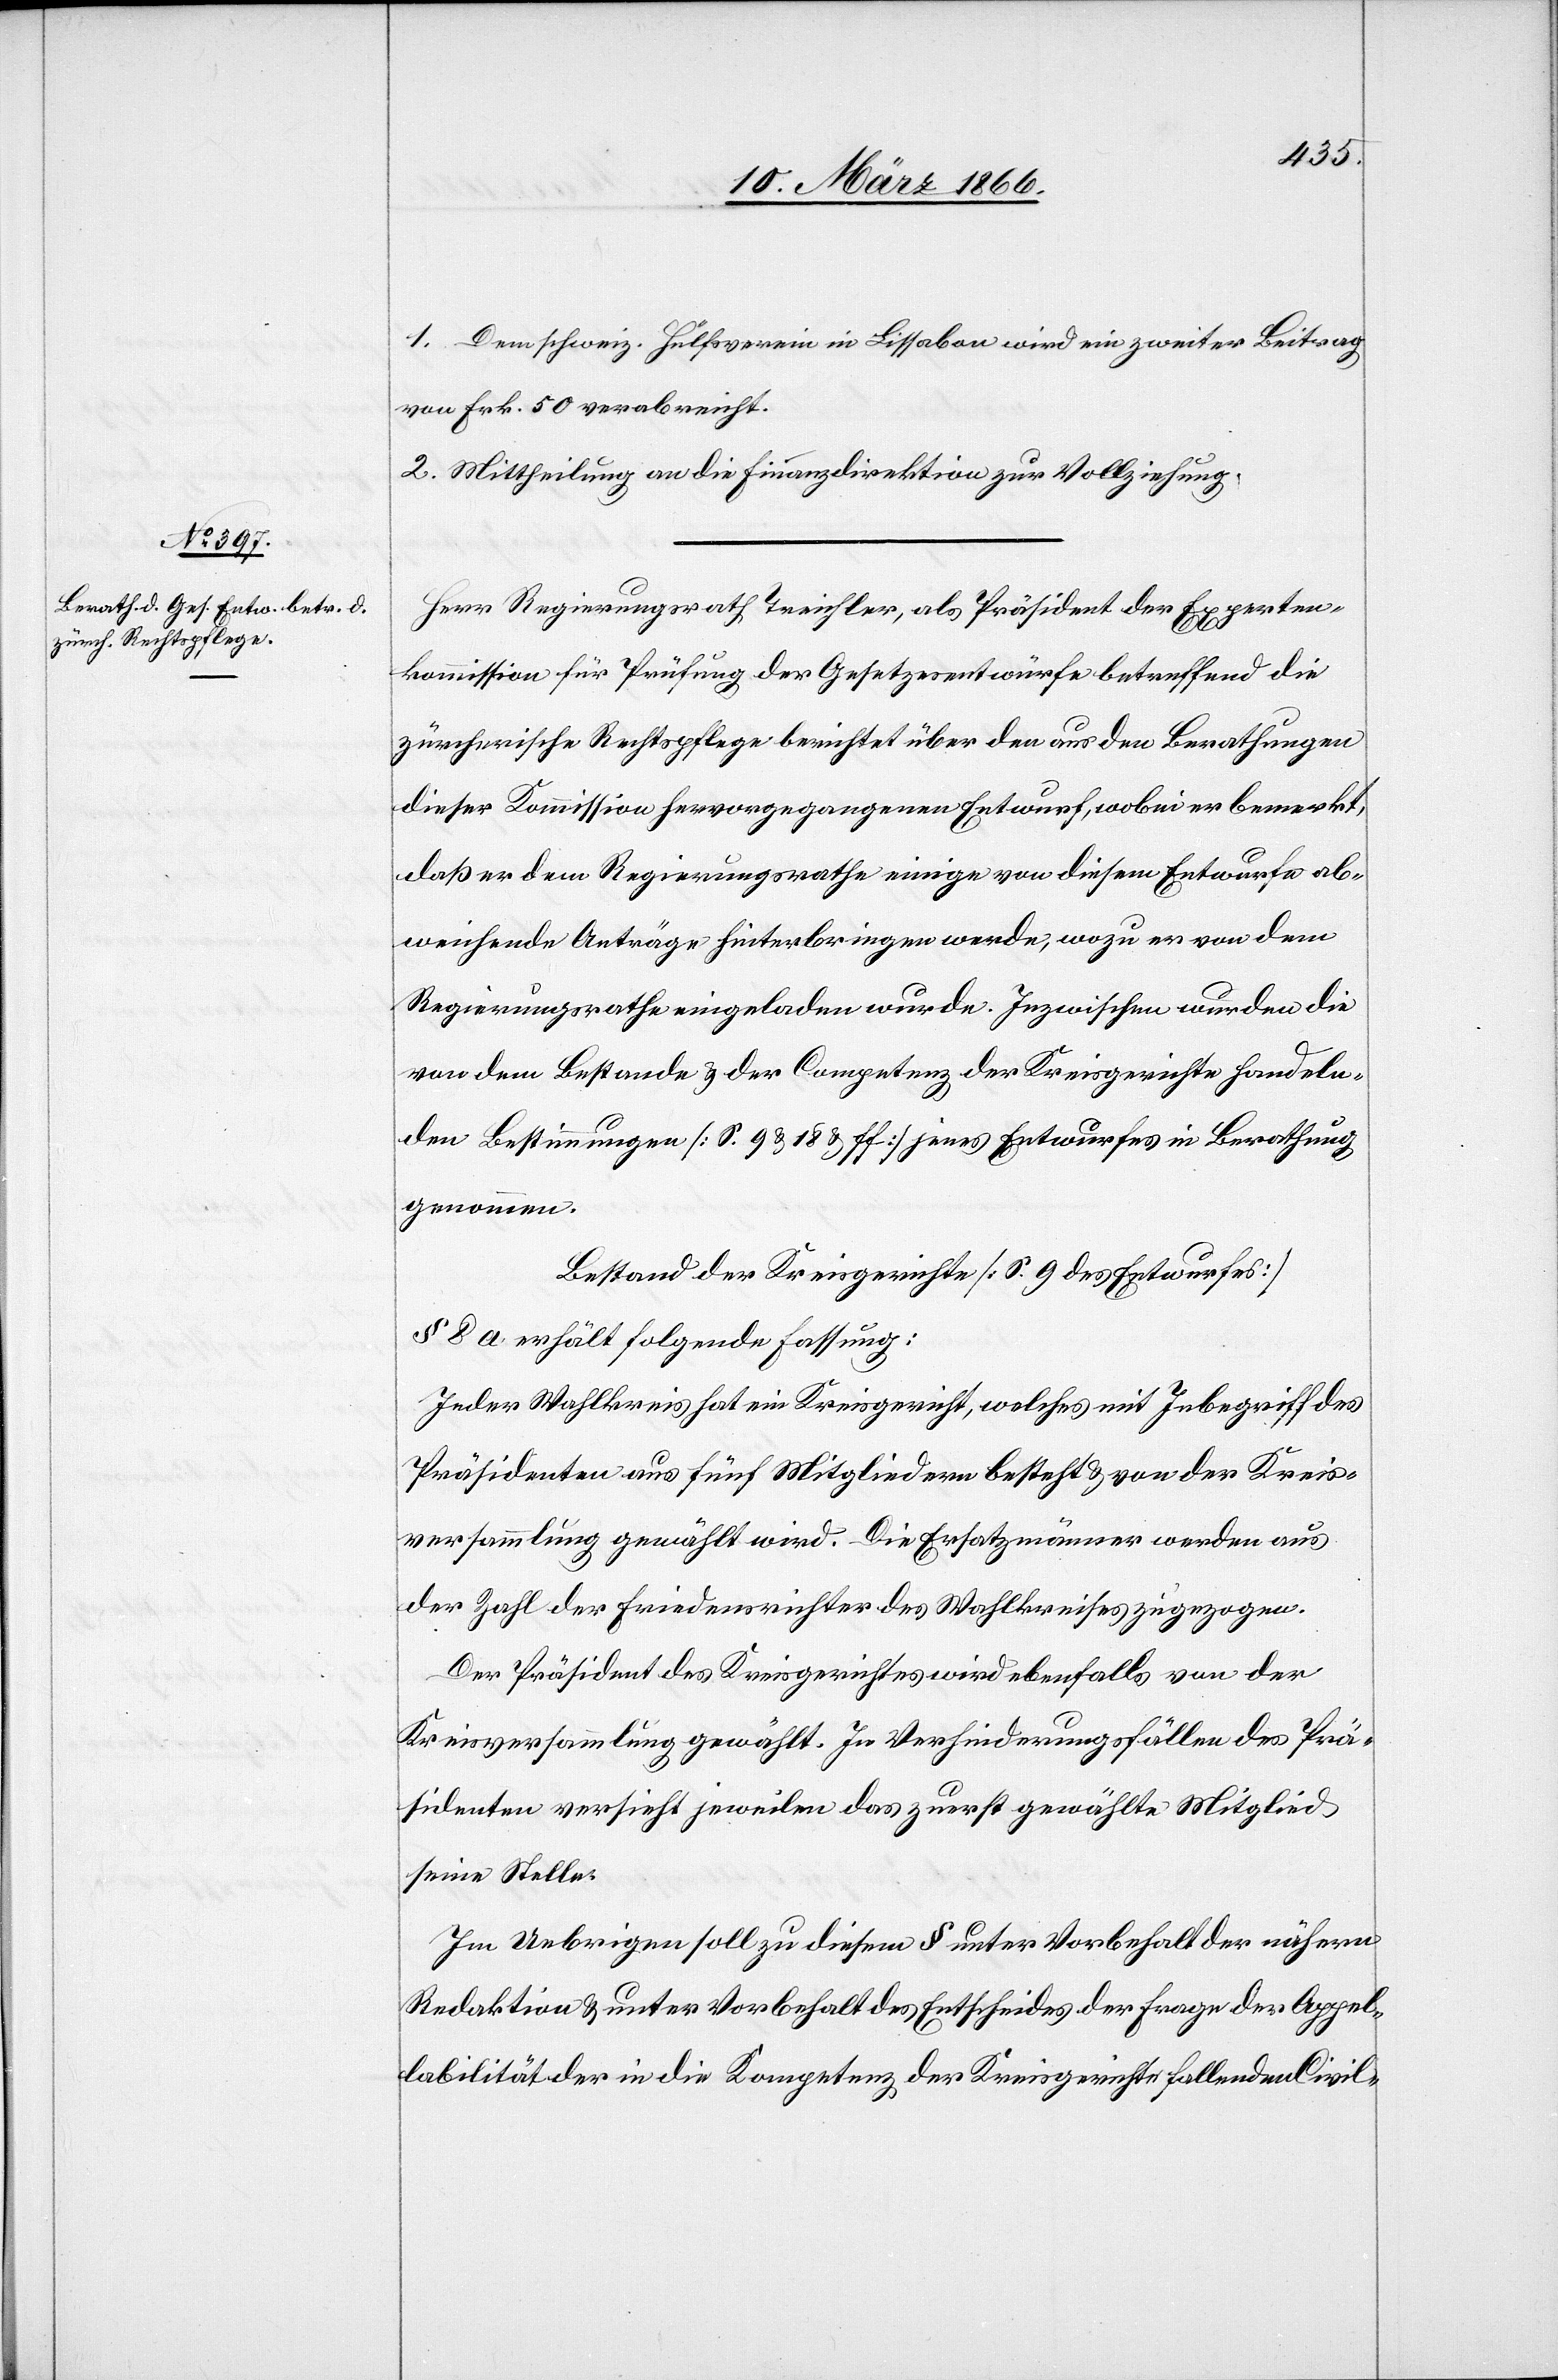
1. Dem schweiz. Hülfsverein in Lissabon wird ein zweiter Beitrag
von Frk. 50 verabreicht.
2. Mittheilung an die Finanzdirektion zur Vollziehung.
Herr Regierungsrath Treichler, als Präsident der Experten¬
kommission für Prüfung der Gesetzesentwürfe betreffend die
zürcherische Rechtspflege berichtet über den aus den Berathungen
dieser Kommission hervorgegangenen Entwurf, wobei er bemerkt,
daß er dem Regierungsrathe einige von diesem Entwurfe ab¬
weichende Anträge hinterbringen werde, wozu er von dem
Regierungsrathe eingeladen wurde. Inzwischen wurden die
von dem Bestande u. der Competenz der Kreisgerichte handeln¬
den Bestimmungen [S. 9 u 18 u ff.] jenes Entwurfes in Berathung
genommen.
Bestand der Kreisgerichte [S. 9 des Entwurfes]
§ 8 a erhält folgende Fassung:
Jeder Wahlkreis hat ein Kreisgericht, welches mit Inbegriff des
Präsidenten aus fünf Mitglieder besteht u. von der Kreis¬
versammlung gewählt wird. Die Ersatzmänner werden aus
der Zahl der Friedensrichter des Wahlkreises zugezogen.
Der Präsident des Kreisgerichtes wird ebenfalls von der
Kreisversammlung gewählt. In Verfinderungsfällen des Prä¬
sidenten versieht jeweilen das zuerst gewählte Mitglied
seine Stelle.
Im Uebrigen soll zu diesem § unter Vorbehalt der nähern
Redaktion u. unter Vorbehalt des Entscheides der Frage der Appel¬
labilität der in die Kompetenz der Kreisgerichte fallenden Civil-